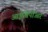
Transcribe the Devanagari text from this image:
आईसीपीआर